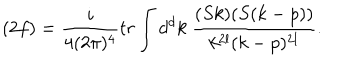
LaTeX: ( 2 f ) = \frac { i } { 4 ( 2 \pi ) ^ { 4 } } t r \int d ^ { d } k \ \frac { ( S k ) ( S ( k - p ) ) } { k ^ { 2 l } ( k - p ) ^ { 2 l } } .